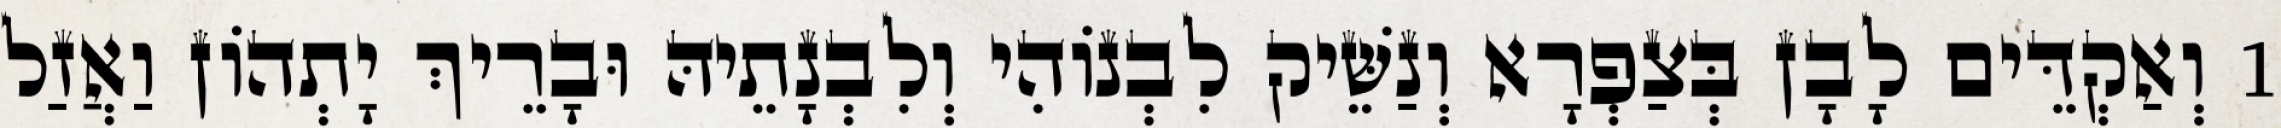
1 וְאַקְדֵּים לָבָן בְּצַפְרָא וְנַשֵּׁיק לִבְנוֹהִי וְלִבְנָתֵיהּ וּבָרֵיךְ יָתְהוֹן וַאֲזַל